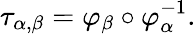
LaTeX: \tau_{\alpha,\beta}=\varphi_{\beta}\circ\varphi_{\alpha}^{-1}.